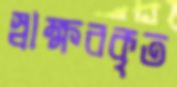
স্বাক্ষরকৃত